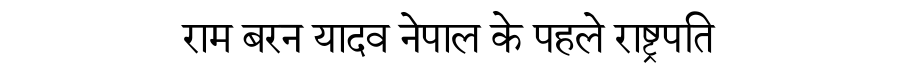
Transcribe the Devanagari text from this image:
राम बरन यादव नेपाल के पहले राष्ट्रपति